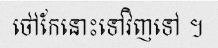
ថៅកែនោះទៅវិញទៅ ។